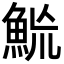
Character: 𩶡